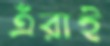
এঁরাই